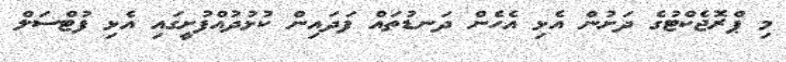
މި ޕްރޮޖެކްޓުގެ ދަށުން އެޅި އެހެން ދަނޑުތައް ފަދައިން ކުޅުދުއްފުށީގައި އެޅި ފުޓްސަލް